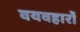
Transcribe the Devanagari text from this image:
वयवहारों